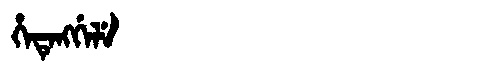
Manchu: ᡥᡝᡨᡝᠩᡤᡝᠯᡝ
Romanization: HETENGGELE